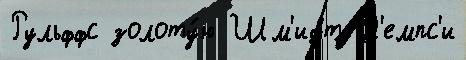
Рульффс золоту́ю Шм'идт Д'емпс'и